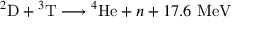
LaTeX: { } ^ { 2 } \mathrm { D } + { } ^ { 3 } \mathrm { T } \longrightarrow { } ^ { 4 } \mathrm { H e } + n + 1 7 . 6 \ \mathrm { M e V }